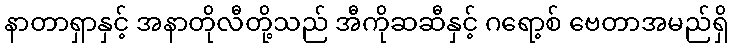
နာတာရှာနှင့် အနာတိုလီတို့သည် အီကိုဆဆီနှင့် ဂရော့စ် ဗေတာအမည်ရှိ